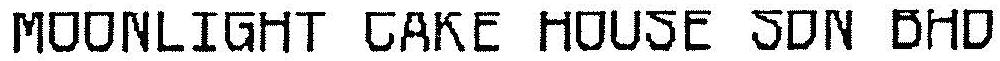
MOONLIGHT CAKE HOUSE SDN BHD